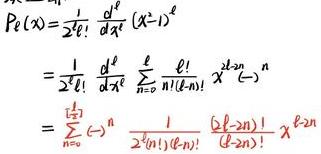
\[
\begin{align*}
P_{\ell}(x)&=\frac{1}{2^{\ell}\ell!}\frac{d^{\ell}}{dx^{\ell}}(x^{2}-1)^{\ell}\\
&=\frac{1}{2^{\ell}\ell!}\frac{d^{\ell}}{dx^{\ell}}\sum_{n = 0}^{\ell}\frac{\ell!}{n!(\ell - n)!}x^{2\ell-2n}(-1)^{n}\\
&=\sum_{n = 0}^{\lfloor\frac{\ell}{2}\rfloor}(-1)^{n}\frac{1}{2^{\ell}n!(\ell - n)!}\frac{(2\ell-2n)!}{(\ell - 2n)!}x^{\ell - 2n}
\end{align*}
\]